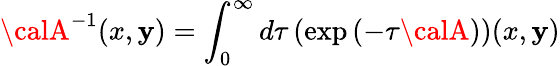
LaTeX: {\calA}^{-1}(x,\mathbf{y})=\int_{0}^{\infty}d\tau\left(\exp\left(-\tau{\calA}\right)\right)(x,\mathbf{y})